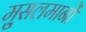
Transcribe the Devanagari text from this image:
मु्सलमानों